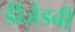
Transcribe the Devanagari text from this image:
डीज़ेडबी